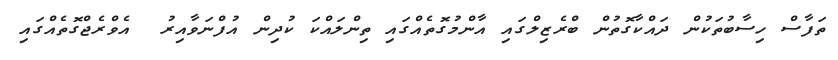
ތަފާސް ހިސާބުތަކުން ދައްކާގޮތުން ބްރެޒިލްގައި އާންމުގޮތެއްގައި ތިންލައްކަ ކުދިން އުފްނަވާއިރު  އެވްރެޖްގޮތެއްގައި